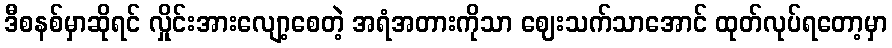
ဒီစနစ်မှာဆိုရင် လှိုင်းအားလျော့စေတဲ့ အရံအတားကိုသာ ဈေးသက်သာအောင် ထုတ်လုပ်ရတော့မှာ